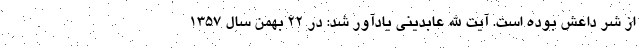
از شر داعش بوده است. آیت الله عابدینی یادآور شد: در ۲۲ بهمن سال ۱۳۵۷